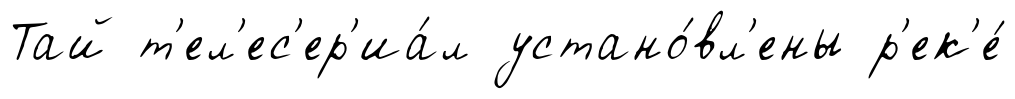
Тай т'ел'ес'ер'иа́л устано́вл'ены р'ек'е́